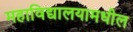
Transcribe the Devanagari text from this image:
महाविद्यालयामधील